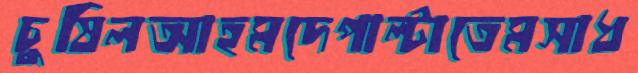
চুষিলআহমদেপাল্‌টাতেমসাধ